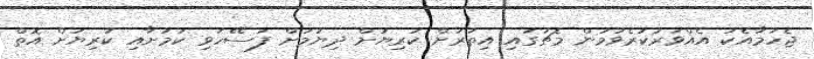
ޖެހުމާއެކު އެއްވަރުކުރެވުމުން މެޗުގައި އިތުރަށް ކުރިޔަށް ދިޔުމަށް ފަސޭހަވި ކަމަށާއި ކުރިޔަށް އޮތް